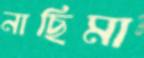
নাছিমা